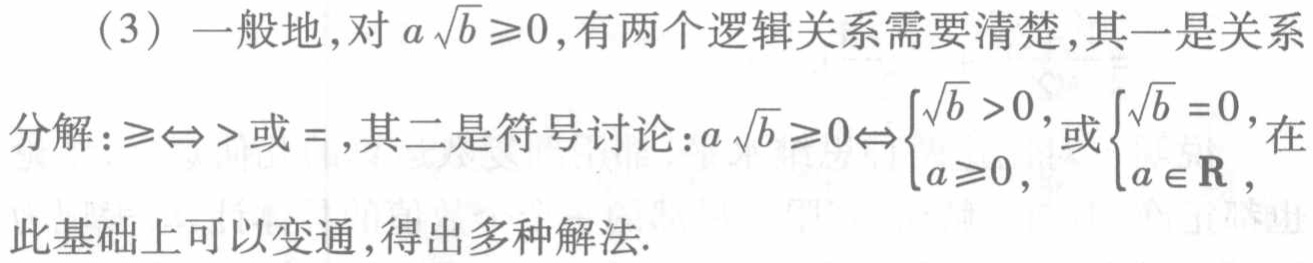
（3）一般地，对\(a\sqrt{b} \geq 0\)，有两个逻辑关系需要清楚，其一是关系

分解：\(\geq\Leftrightarrow >\)或\(=\)，其二是符号讨论：\(a\sqrt{b} \geq 0\Leftrightarrow \begin{cases}\sqrt{b} > 0, \\ a\geq 0, \end{cases}\)或\(\begin{cases}\sqrt{b} = 0, \\ a \in \mathbf{R}, \end{cases}\)在此基础上可以变通，得出多种解法.